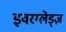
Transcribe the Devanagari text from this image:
इवरग्लेड्ज़